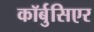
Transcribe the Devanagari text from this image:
कॉर्बुसिएर